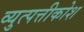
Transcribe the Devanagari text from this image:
व्युत्पत्तीकोश